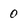
Character: 0